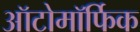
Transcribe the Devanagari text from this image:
ऑटोमॉर्फिक